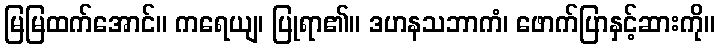
မြမြထက်အောင်။ ကရေယျ၊ ပြုရာ၏။ ဒဟနသဘာကံ၊ ဖောက်ပြာနှင့်ဆားကို။